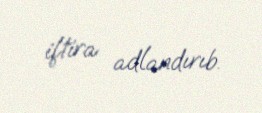
iftira adlandırıb.